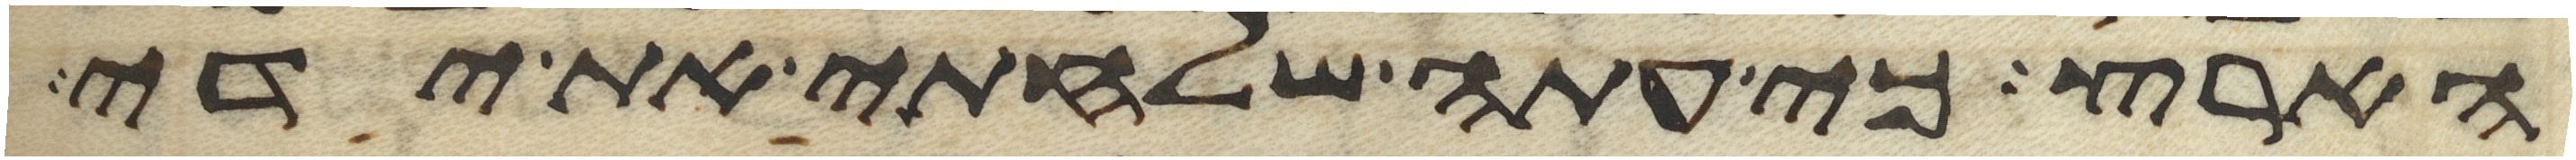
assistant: הארץ כי עתה שלחתי את ידי